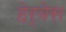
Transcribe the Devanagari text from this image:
हेर्बेस